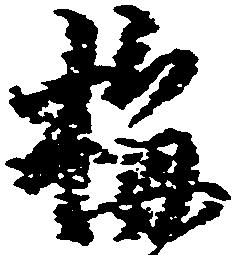
梅